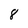
Character: 8